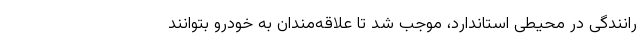
رانندگی در محیطی استاندارد، موجب شد تا علاقه‌مندان به خودرو بتوانند